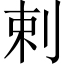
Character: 剌